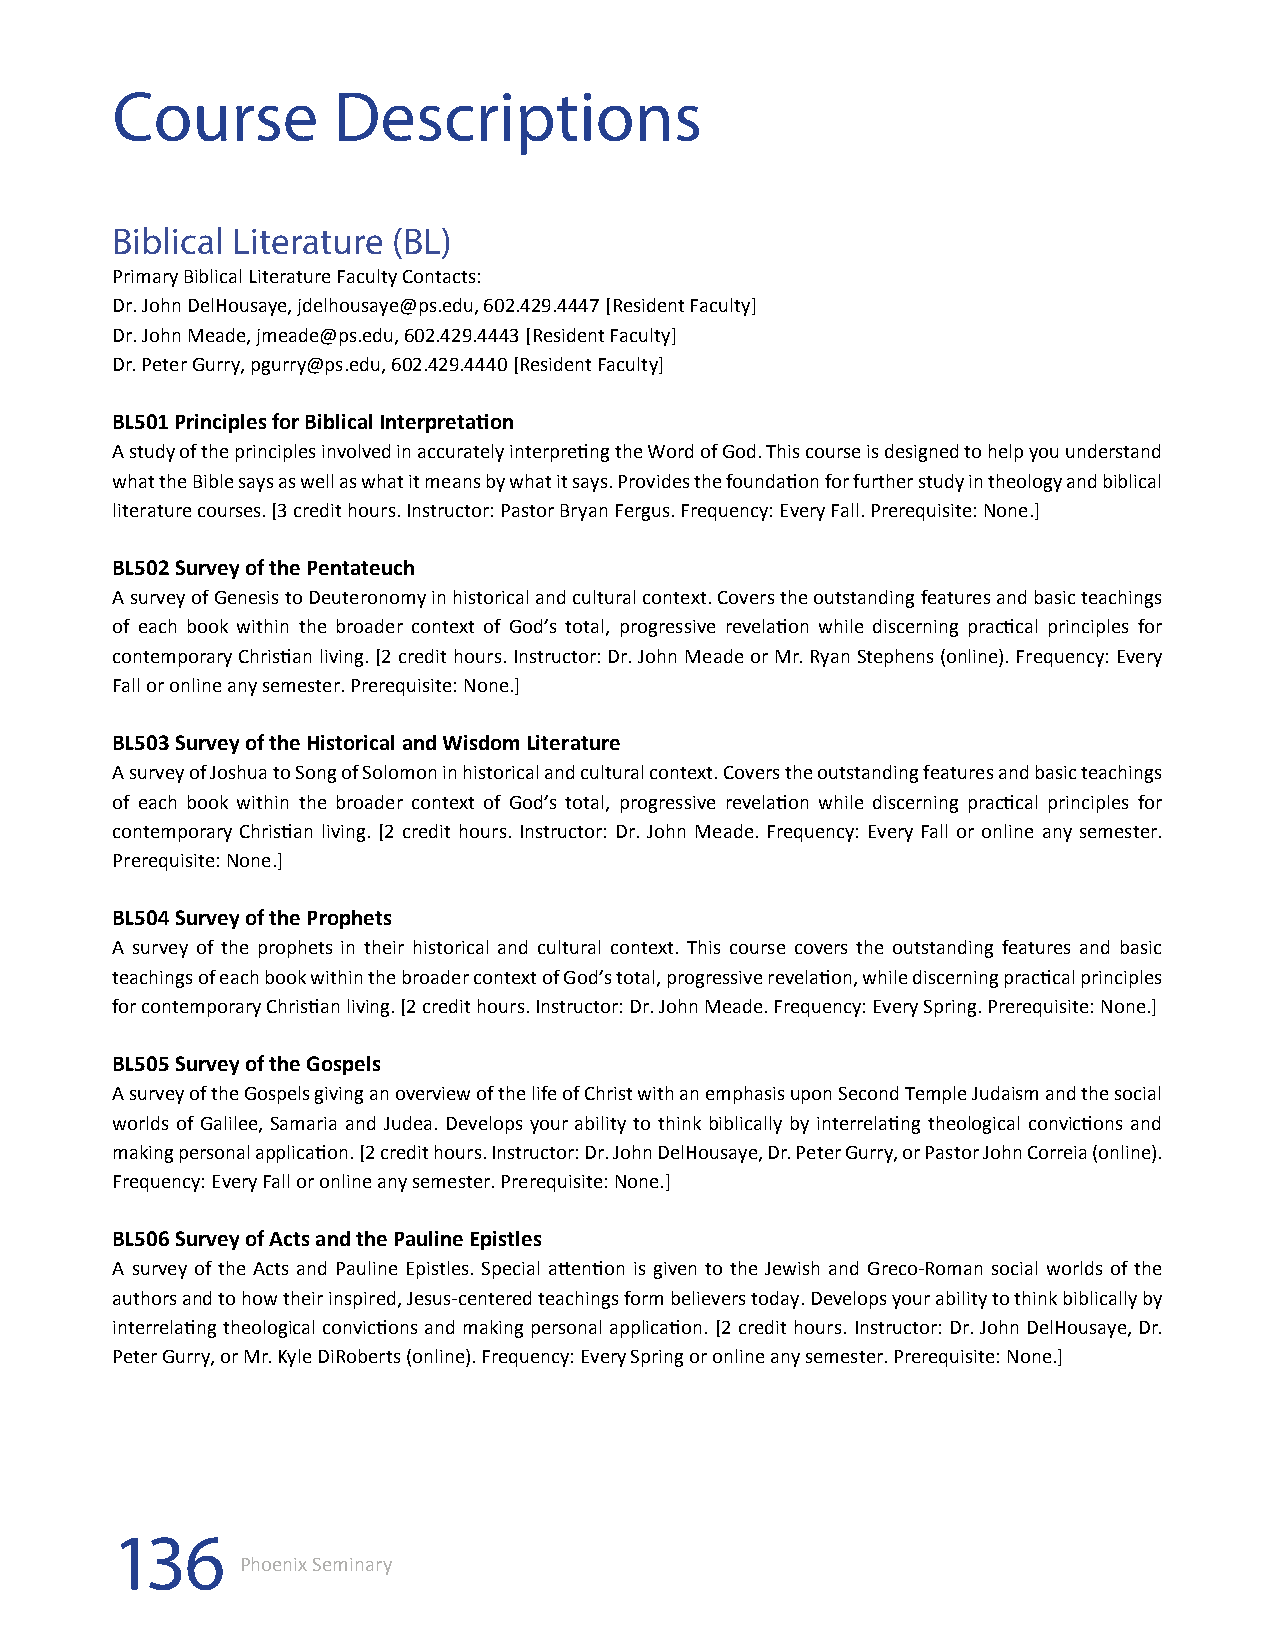
Course         Descriptions
 Biblical Literature (BL)
 Primary Biblical Literature Faculty Contacts:
 Dr. John DelHousaye, jdelhousaye@ps.edu, 602.429.4447 [Resident Faculty]
 Dr. John Meade, jmeade@ps.edu, 602.429.4443 [Resident Faculty]
 Dr. Peter Gurry, pgurry@ps.edu, 602.429.4440 [Resident Faculty]
 BL501 Principles for Biblical Interpretation
 A study of the principles involved in accurately interpreting the Word of God. This course is designed to help you understand
 what the Bible says as well as what it means by what it says. Provides the foundation for further study in theology and biblical
 literature courses. [3 credit hours. Instructor: Pastor Bryan Fergus. Frequency: Every Fall. Prerequisite: None.]
 BL502 Survey of the Pentateuch
 A survey of Genesis to Deuteronomy in historical and cultural context. Covers the outstanding features and basic teachings
 of each book within the broader context of God’s total, progressive revelation while discerning practical principles for
 contemporary Christian living. [2 credit hours. Instructor: Dr. John Meade or Mr. Ryan Stephens (online). Frequency: Every
 Fall or online any semester. Prerequisite: None.]
 BL503 Survey of the Historical and Wisdom Literature
 A survey of Joshua to Song of Solomon in historical and cultural context. Covers the outstanding features and basic teachings
 of each book within the broader context of God’s total, progressive revelation while discerning practical principles for
 contemporary Christian living. [2 credit hours. Instructor: Dr. John Meade. Frequency: Every Fall or online any semester.
 Prerequisite: None.]
 BL504 Survey of the Prophets
 A survey of the prophets in their historical and cultural context. This course covers the outstanding features and basic
 teachings of each book within the broader context of God’s total, progressive revelation, while discerning practical principles
 for contemporary Christian living. [2 credit hours. Instructor: Dr. John Meade. Frequency: Every Spring. Prerequisite: None.]
 BL505 Survey of the Gospels
 A survey of the Gospels giving an overview of the life of Christ with an emphasis upon Second Temple Judaism and the social
 worlds of Galilee, Samaria and Judea. Develops your ability to think biblically by interrelating theological convictions and
 making personal application. [2 credit hours. Instructor: Dr. John DelHousaye, Dr. Peter Gurry, or Pastor John Correia (online).
 Frequency: Every Fall or online any semester. Prerequisite: None.]
 BL506 Survey of Acts and the Pauline Epistles
 A survey of the Acts and Pauline Epistles. Special attention is given to the Jewish and Greco-Roman social worlds of the
 authors and to how their inspired, Jesus-centered teachings form believers today. Develops your ability to think biblically by
 interrelating theological convictions and making personal application. [2 credit hours. Instructor: Dr. John DelHousaye, Dr.
 Peter Gurry, or Mr. Kyle DiRoberts (online). Frequency: Every Spring or online any semester. Prerequisite: None.]
 136
 Phoenix Seminary